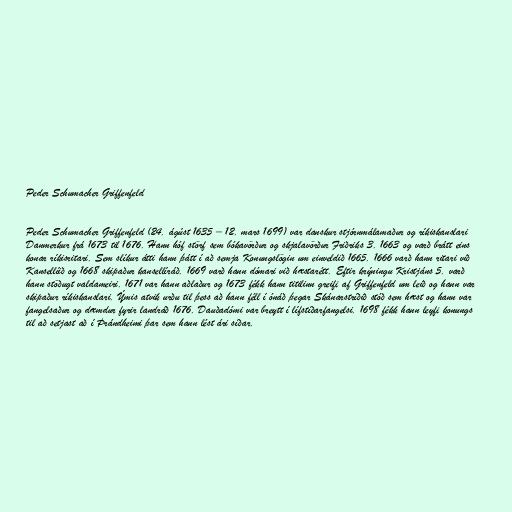
Peder Schumacher Griffenfeld

Peder Schumacher Griffenfeld (24. ágúst 1635 – 12. mars 1699) var danskur stjórnmálamaður og ríkiskanslari
Danmerkur frá 1673 til 1676. Hann hóf störf sem bókavörður og skjalavörður Friðriks 3. 1663 og varð brátt eins
konar ríkisritari. Sem slíkur átti hann þátt í að semja Konungslögin um einveldið 1665. 1666 varð hann ritari við
Kansellíið og 1668 skipaður kansellíráð. 1669 varð hann dómari við hæstarétt. Eftir krýningu Kristjáns 5. varð
hann stöðugt valdameiri. 1671 var hann aðlaður og 1673 fékk hann titilinn greifi af Griffenfeld um leið og hann var
skipaður ríkiskanslari. Ýmis atvik urðu til þess að hann féll í ónáð þegar Skánarstríðið stóð sem hæst og hann var
fangelsaður og dæmdur fyrir landráð 1676. Dauðadómi var breytt í lífstíðarfangelsi. 1698 fékk hann leyfi konungs
til að setjast að í Þrándheimi þar sem hann lést ári síðar.